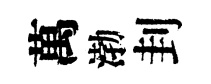
萬渤刲